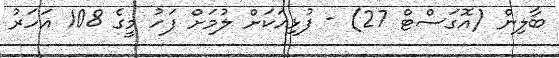
ބާލިން (އޮގަސްޓް 27) - ފުޅިއަކަށް ލުމަށް ފަހު މީގެ 108 އަހަރު